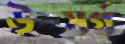
উত্সর্গ